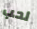
لحب